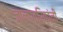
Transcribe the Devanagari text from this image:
जालपत्रिकांनी